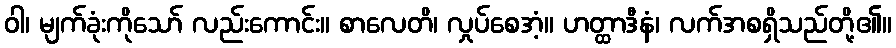
ဝါ၊ မျက်ခုံးကိုသော် လည်းကောင်း။ စာလေတိ၊ လှုပ်စေအံ့။ ဟတ္ထာဒီနံ၊ လက်အစရှိသည်တို့၏။